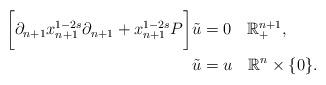
LaTeX: \begin{align*}\bigg[\partial_{n+1}x_{n+1}^{1-2s}\partial_{n+1}+x_{n+1}^{1-2s}P\bigg]\tilde{u} & =0\quad\mathbb{R}_{+}^{n+1},\\\tilde{u} & =u\quad\mathbb{R}^{n}\times\{0\}.\end{align*}